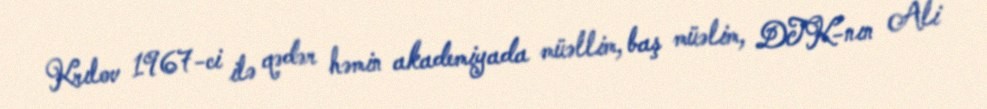
Krılov 1967-ci ilə qədər həmin akademiyada müəllim, baş müəlim, DTK-nın Ali